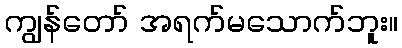
ကျွန်တော် အရက်မသောက်ဘူး။